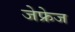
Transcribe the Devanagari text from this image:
जेफ्रेज